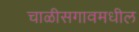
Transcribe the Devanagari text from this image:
चाळीसगावमधील